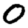
Digit: 0